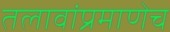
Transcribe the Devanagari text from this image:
तलावांप्रमाणेच